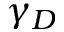
\gamma _ { D }